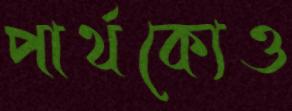
পার্থক্যেও